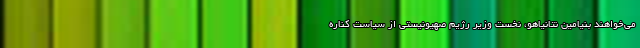
می‌خواهند بنیامین نتانیاهو، نخست وزیر رژیم صهیونیستی از سیاست کناره